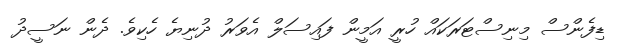
ޑިފެންސް މިނިސްޓަރަކައް ހުރީ އަމީން ފައިސަލް އެވަރު ދުނިޔެ ހެކިވެ. ދެން ނަސީދު